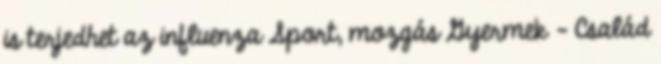
is terjedhet az influenza Sport, mozgás Gyermek - Család